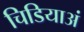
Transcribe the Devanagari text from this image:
चिडियाअं